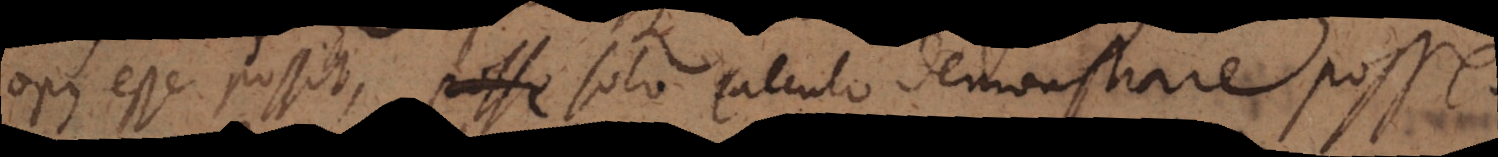
opus esse possit, posse solo calculo demonstrare posse.